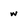
Character: w